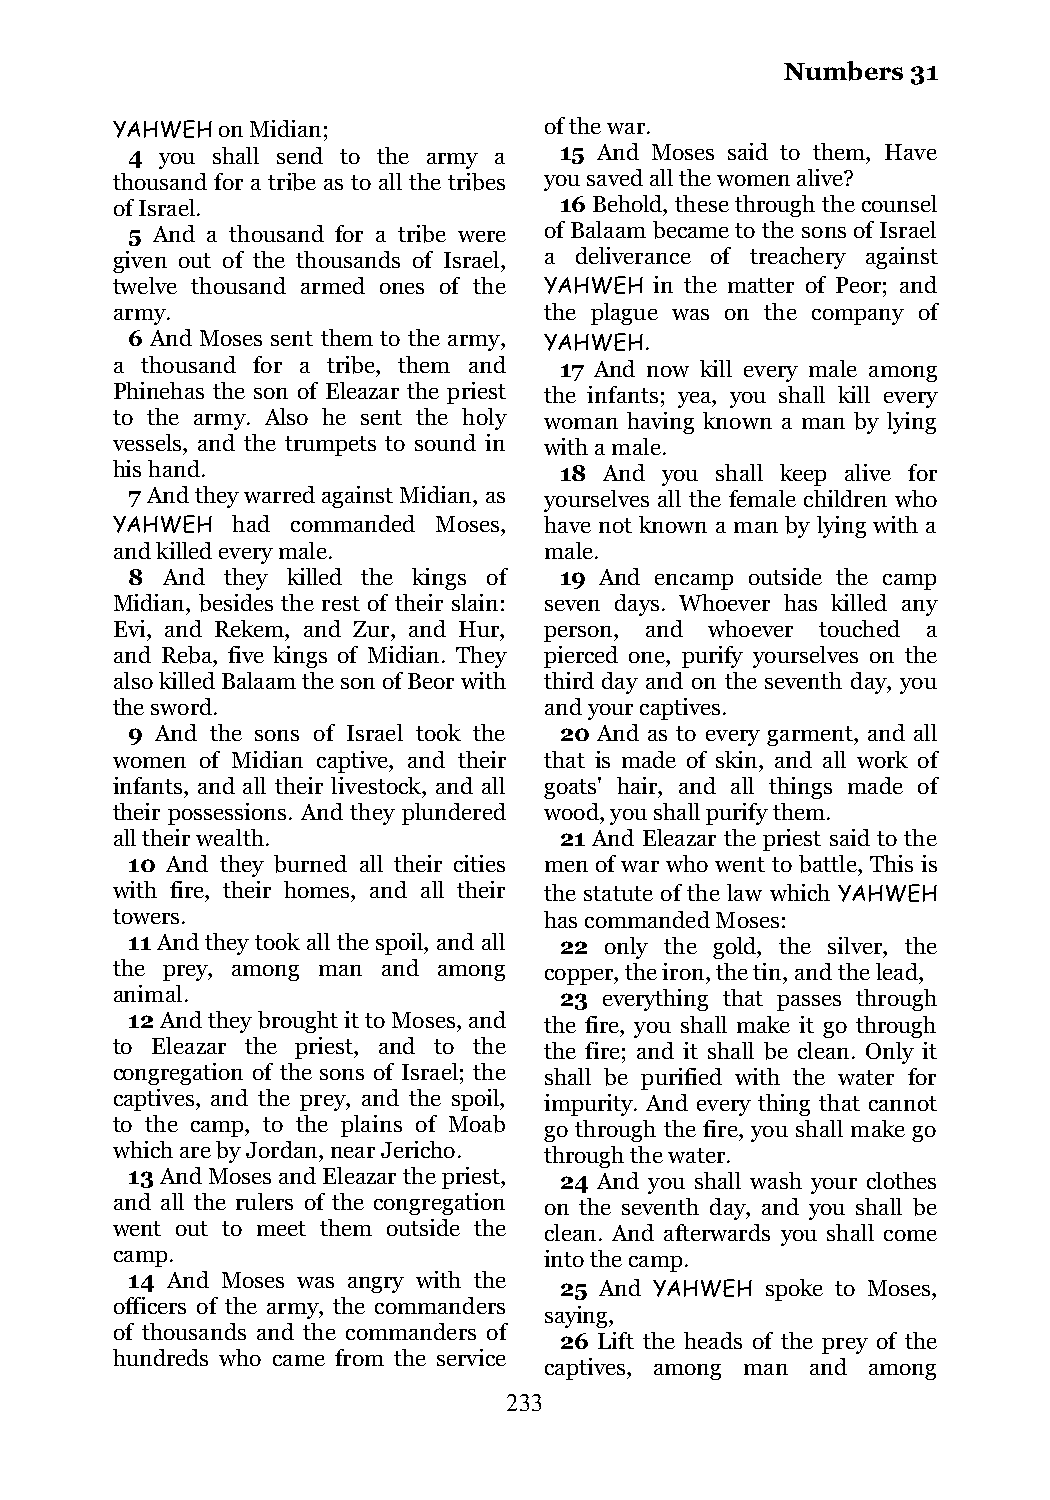
Numbers 31
 YAHWEH on Midian;            of the war.
 4  you shall send to the army a 15 And Moses said to them, Have
 thousand for a tribe as to all the tribes you saved all the women alive?
 of Israel.                    16 Behold, these through the counsel
 5 And a thousand for a tribe were of Balaam became to the sons of Israel
 given out of the thousands of Israel, a deliverance of treachery against
 twelve thousand armed ones of the YAHWEH in the matter of Peor; and
 army.                        the plague was on the company of
 6 And Moses sent them to the army, YAHWEH.
 a thousand for a tribe, them and 17 And now kill every male among
 Phinehas the son of Eleazar the priest the infants; yea, you shall kill every
 to the army. Also he sent the holy woman having known a man by lying
 vessels, and the trumpets to sound in with a male.
 his hand.                     18 And you shall keep alive for
 7 And they warred against Midian, as yourselves all the female children who
 YAHWEH  had commanded Moses, have not known a man by lying with a
 and killed every male.       male.
 8  And they killed the kings of 19 And encamp outside the camp
 Midian, besides the rest of their slain: seven days. Whoever has killed any
 Evi, and Rekem, and Zur, and Hur, person, and whoever touched a
 and Reba, five kings of Midian. They pierced one, purify yourselves on the
 also killed Balaam the son of Beor with third day and on the seventh day, you
 the sword.                   and your captives.
 9 And the sons of Israel took the 20 And as to every garment, and all
 women of Midian captive, and their that is made of skin, and all work of
 infants, and all their livestock, and all goats' hair, and all things made of
 their possessions. And they plundered wood, you shall purify them.
 all their wealth.             21 And Eleazar the priest said to the
 10 And they burned all their cities men of war who went to battle, This is
 with fire, their homes, and all their the statute of the law which YAHWEH
 towers.                      has commanded Moses:
 11 And they took all the spoil, and all 22 only the gold, the silver, the
 the prey, among man and among copper, the iron, the tin, and the lead,
 animal.                       23 everything that passes through
 12 And they brought it to Moses, and the fire, you shall make it go through
 to Eleazar the priest, and to the the fire; and it shall be clean. Only it
 congregation of the sons of Israel; the shall be purified with the water for
 captives, and the prey, and the spoil, impurity. And every thing that cannot
 to the camp, to the plains of Moab go through the fire, you shall make go
 which are by Jordan, near Jericho. through the water.
 13 And Moses and Eleazar the priest, 24 And you shall wash your clothes
 and all the rulers of the congregation on the seventh day, and you shall be
 went out to meet them outside the clean. And afterwards you shall come
 camp.                        into the camp.
 14 And Moses was angry with the
 25 And YAHWEH spoke to Moses,
 officers of the army, the commanders
 saying,
 of thousands and the commanders of
 26 Lift the heads of the prey of the
 hundreds who came from the service
 captives, among man and among
 233